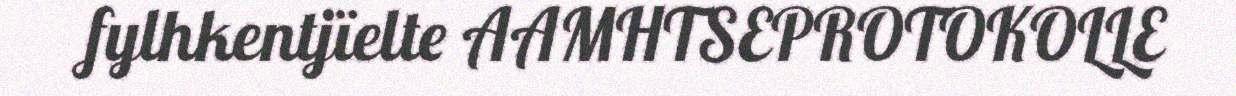
fylhkentjïelte AAMHTSEPROTOKOLLE